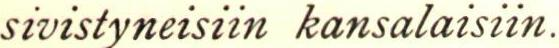
sivistyneisiin kansalaisiin.